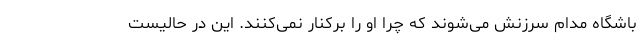
باشگاه مدام سرزنش می‌شوند که چرا او را برکنار نمی‌کنند. این در حالیست